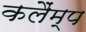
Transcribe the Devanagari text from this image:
कलैंम्प